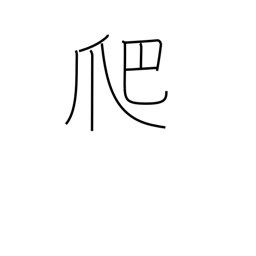
Meaning: crawl